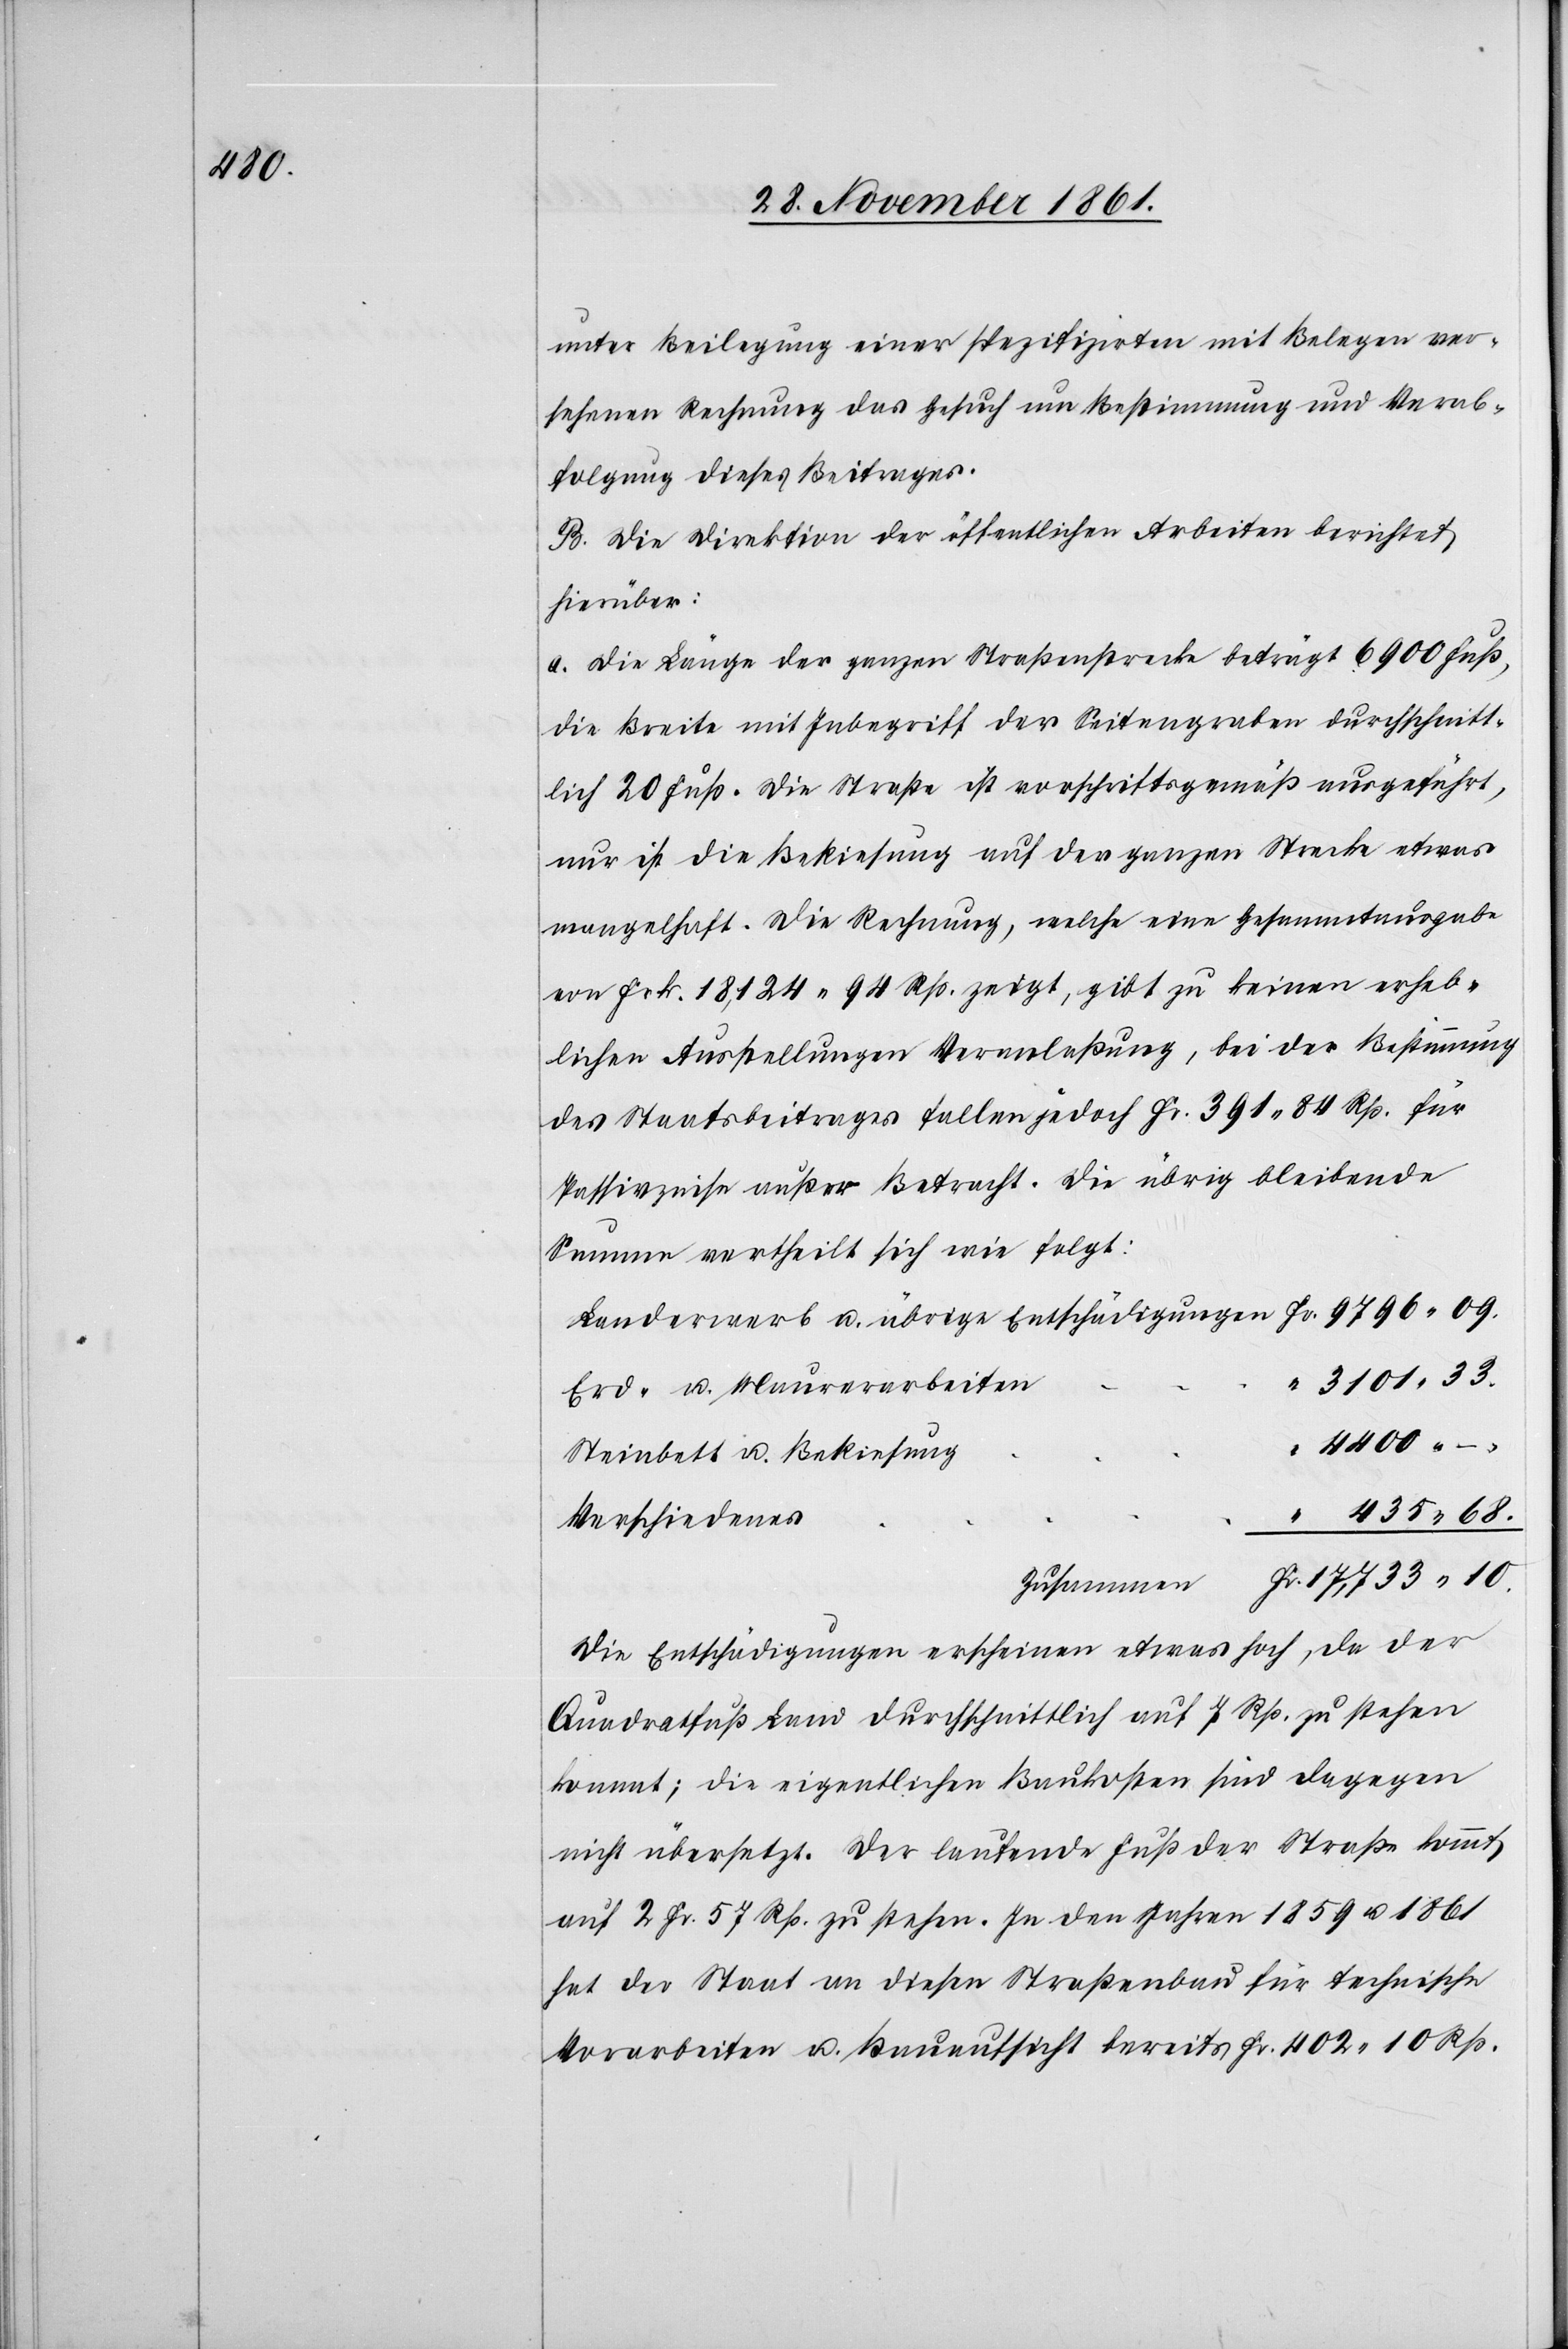
4400.

unter Beilegung einer spezifizirten mit Belegen ver¬
sehenen Rechnung das Gesuch um Bestimmung und Verab¬
folgung dieses Beitrages.
B. Die Direktion der öffentlichen Arbeiten berichtet
hierüber:
a. Die Länge der ganzen Straßenstrecke beträgt 6900 Fuß,
die Breite mit Inbegriff der Seitenangaben durchschnitt¬
lich 20 Fuß. Die Straße ist vorschriftsgemäß ausgeführt,
nur ist die Bekiesung auf der ganzen Strecke etwas
mangelhaft. Die Rechnung, welche eine Gesammtausgabe
von Frk. 18,124. 94 Rp. zeigt, gibt zu keinen erheb¬
lichen Ausstellungen Veranlaßung, bei der Bestimmung
des Staatsbeitrages fallen jedoch Fr. 391. 84 Rp. für
Passivzinse außer Betracht. Die übrig bleibende
Summe vertheilt sich wie folgt:
3101.33.
Erd- u. Mauerarbeiten
Steinbett u. Bekiesung
“ 435.68.
Verschiedenes
Die Entschädigungen erscheinen etwas hoch, da der
Quadratfuß Land durchschnittlich auf 7 Rp. zu stehen
kommt; die eigentlichen Baukosten sind dagegen
nicht übersetzt. Der laufende Fuß der Straße kommt
auf 2 Fr. 57 Rp zu stehen. In den Jahren 1859 u. 1861
hat der Staat an diesen Straßenbau für technische
Vorarbeiten u. Bauaufsicht bereits Fr. 402. 10 Rp.